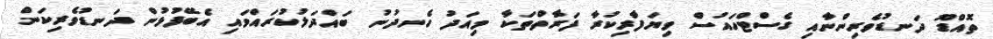
ތޮއްޑޫޫ ދަނޑުވެރިންނާއި ގެސްޓްހައުސް ވިޔަފާރިކުރާ ފަރާތްތަކާ މިއަދު ހެނދުނު ބައްދަލުކުރައްވައި އެބޭފުޅުން ދަނޑުވެރިކަން